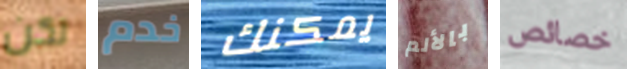
لكن خدم يمكنك بالألم خصائص